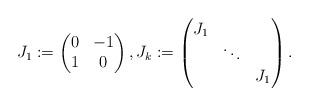
LaTeX: \begin{align*}J_{1} := \left( \begin{matrix} 0 & -1 \\ 1 & 0 \end{matrix} \right),J_{k} := \left(\begin{matrix}J_{1} & &\\& \ddots & \\& & J_{1}\end{matrix} \right).\end{align*}